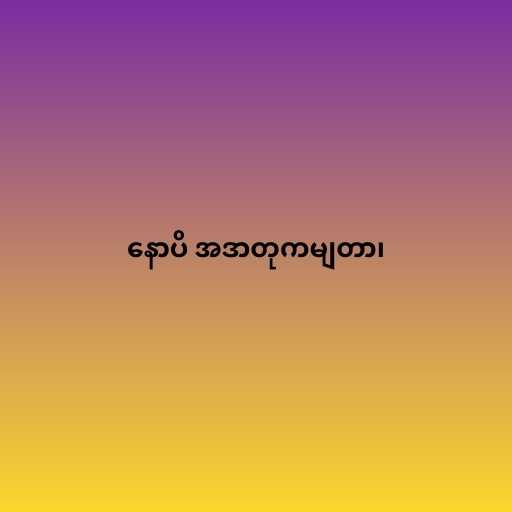
နောပိ အဒာတုကမျတာ၊